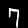
Digit: 7